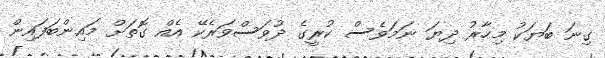
ގިނަ ބަޔަކު މިހާރު ދިޔަ ނަމަވެސް ކުރީގެ ދުވަސްވަރެކޭ އެއް ގޮތަށް މައިންބަފައިން